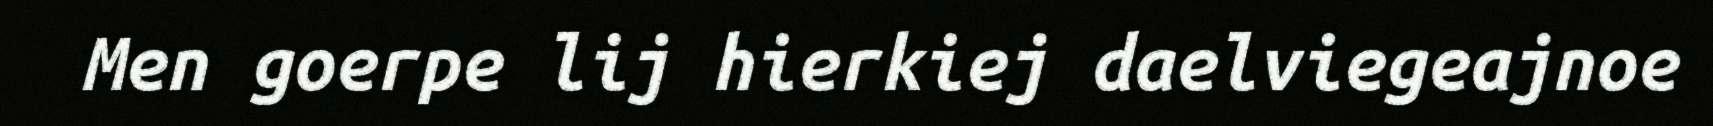
Men goerpe lij hierkiej daelviegeajnoe